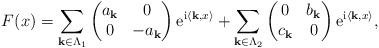
LaTeX: \begin{align*}F(x)=\sum_{{\bf k}\in \Lambda_{1}} \begin{pmatrix}a_{\bf k}&0\\0&-a_{\bf k}\end{pmatrix}{\rm e}^{{\rm i}\langle{\bf k},x\rangle} + \sum_{{\bf k}\in \Lambda_{2}} \begin{pmatrix}0&b_{\bf k}\\c_{\bf k}&0\end{pmatrix}{\rm e}^{{\rm i}\langle{\bf k},x\rangle},\end{align*}